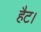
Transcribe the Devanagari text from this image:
हैट।